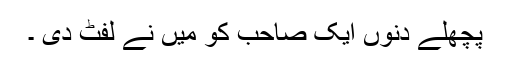
پچھلے دنوں ایک صاحب کو میں نے لفٹ دی ۔